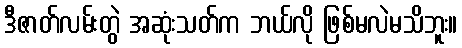
ဒီဇာတ်လမ်းတွဲ အဆုံးသတ်က ဘယ်လို ဖြစ်မလဲမသိဘူး။